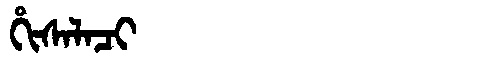
Manchu: ᡥᡳᠰᠠᠯᠠᠴᡳ
Romanization: HISALACI